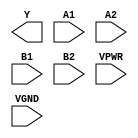
module sky130_fd_sc_hs__a22oi (
    Y   ,
    A1  ,
    A2  ,
    B1  ,
    B2  ,
    VPWR,
    VGND
);

    output Y   ;
    input  A1  ;
    input  A2  ;
    input  B1  ;
    input  B2  ;
    input  VPWR;
    input  VGND;
endmodule